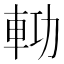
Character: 𨋝